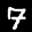
Label: 7